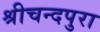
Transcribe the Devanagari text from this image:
श्रीचन्दपुरा